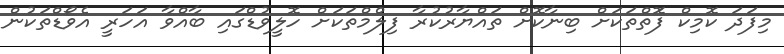
މިފަދަ ކޮމިކް ފޮަތްތަކަށް ބިނާކޮށް ތައްޔާރުކުރާ ފިލްމްތަކަށް ހޮލީވުޑްގައި ބާއްވާ އަހަރީ އެވޯޑްތަކުން